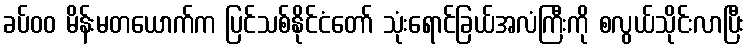
ခပ်၀၀ မိန်းမတယောက်က ပြင်သစ်နိုင်ငံတော် သုံးရောင်ခြယ်အလံကြီးကို စလွယ်သိုင်းလာပြီး